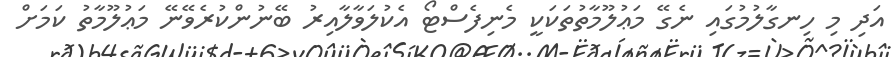
އަދި މި ހިނގާލުމުގައި ނެގޭ މަޢުލޫމާތުތަކަކީ މެނިފެސްޓޯ އެކުލަވާލާއިރު ބޭނުންކުރެވޭނޭ މަޢުލޫމާތު ކަމަށް